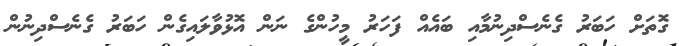
ގޮތަށް ހަބަރު ގެނެސްދިނުމާއި ބައެއް ފަހަރު މީހުންގެ ނަން އޮޅުވާލައިގެން ހަބަރު ގެނެސްދިނުން